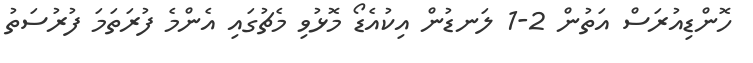
ހޮންޑިއުރަސް އަތުން 2-1 ލަނޑުން އިކުއެޑޯ މޮޅުވި މެޗުގައި އެންމެ ފުރަތަމަ ފުރުސަތު